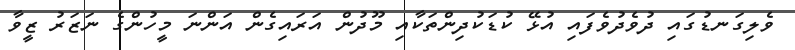
ވެލިގަނޑުގައި ދުވެދުވެފައި އުޅޭ ކުޑަކުދިންތަކާއި މޫދުން އަރައިގެން އަންނަ މީހުންގެ ނަޒަރު ޒީވާ